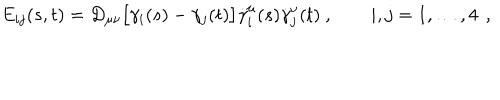
LaTeX: E _ { i j } ( s , t ) = D _ { \mu \nu } \bigl [ \gamma _ { i } ( s ) - \gamma _ { j } ( t ) \bigr ] \dot { \gamma } _ { i } ^ { \mu } ( s ) \dot { \gamma } _ { j } ^ { \nu } ( t ) \ , \qquad i , j = 1 , \dots , 4 \ \, ,